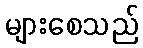
များစေသည်